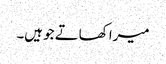
میرا کھاتے جو ہیں۔